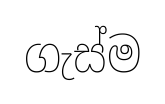
ගැස්ම